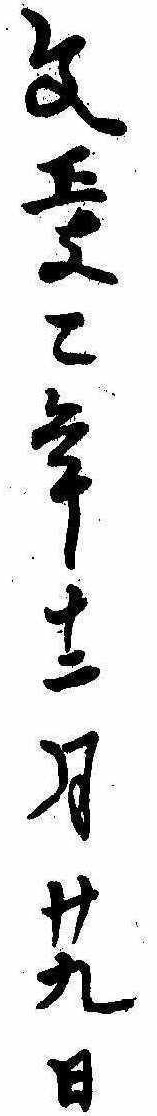
文政二年十二月廿九日